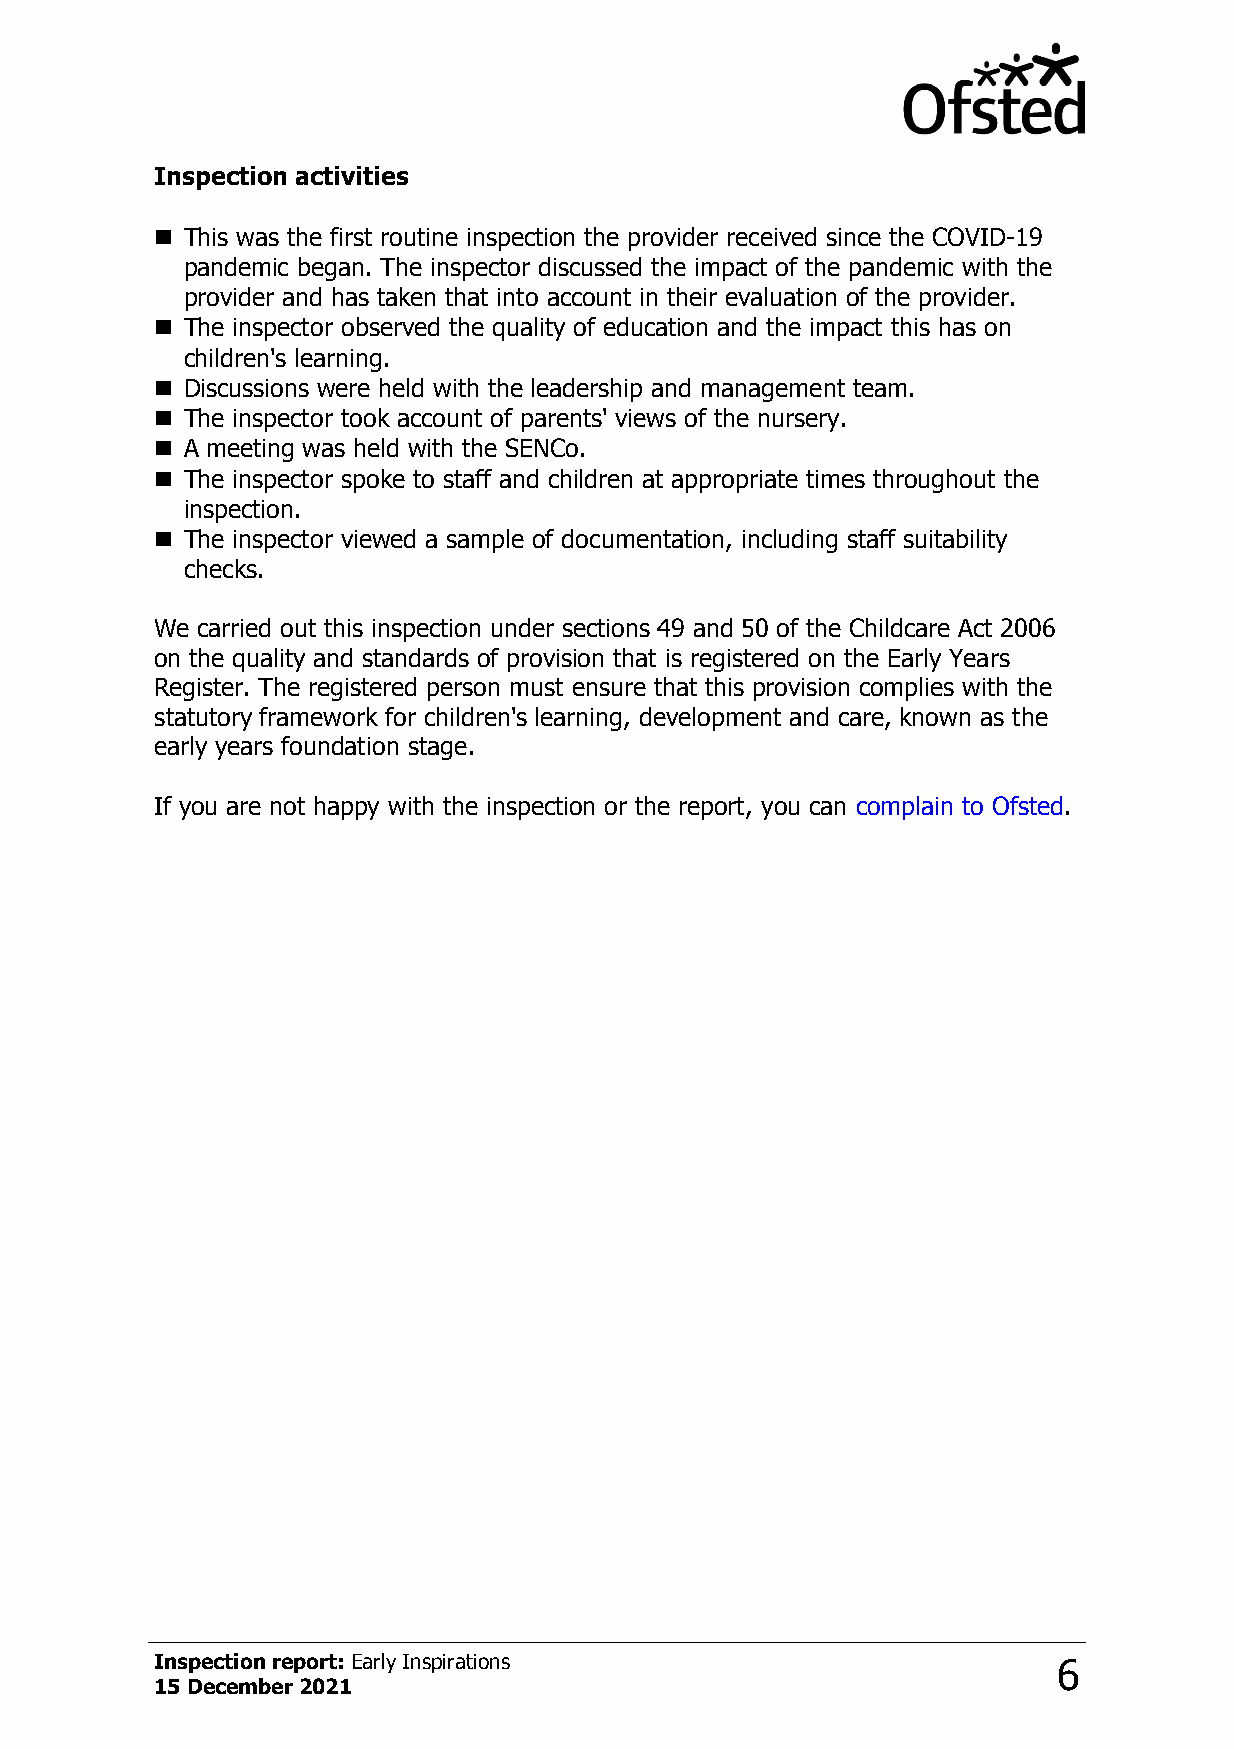
Inspection activities
 n This was the first routine inspection the provider received since the COVID-19
 pandemic began. The inspector discussed the impact of the pandemic with the
 provider and has taken that into account in their evaluation of the provider.
 n The inspector observed the quality of education and the impact this has on
 children's learning.
 n Discussions were held with the leadership and management team.
 n The inspector took account of parents' views of the nursery.
 n A meeting was held with the SENCo.
 n The inspector spoke to staff and children at appropriate times throughout the
 inspection.
 n The inspector viewed a sample of documentation, including staff suitability
 checks.
 We carried out this inspection under sections 49 and 50 of the Childcare Act 2006
 on the quality and standards of provision that is registered on the Early Years
 Register. The registered person must ensure that this provision complies with the
 statutory framework for children's learning, development and care, known as the
 early years foundation stage.
 If you are not happy with the inspection or the report, you can complain to Ofsted.
 Inspection report: Early Inspirations                       6
 15 December 2021